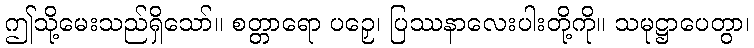
ဤသို့မေးသည်ရှိသော်။ စတ္တာရော ပဉှေ၊ ပြဿနာလေးပါးတို့ကို။ သမုဋ္ဌာပေတွာ၊